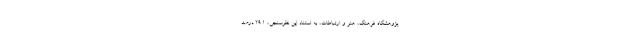
پژوهشگاه فرهنگ، هنر و ارتباطات،‌ به استناد این نظرسنجی، ۲۹.۱ درصد